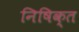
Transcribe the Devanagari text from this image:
निषिक्त